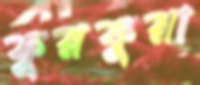
ফুরফুরা